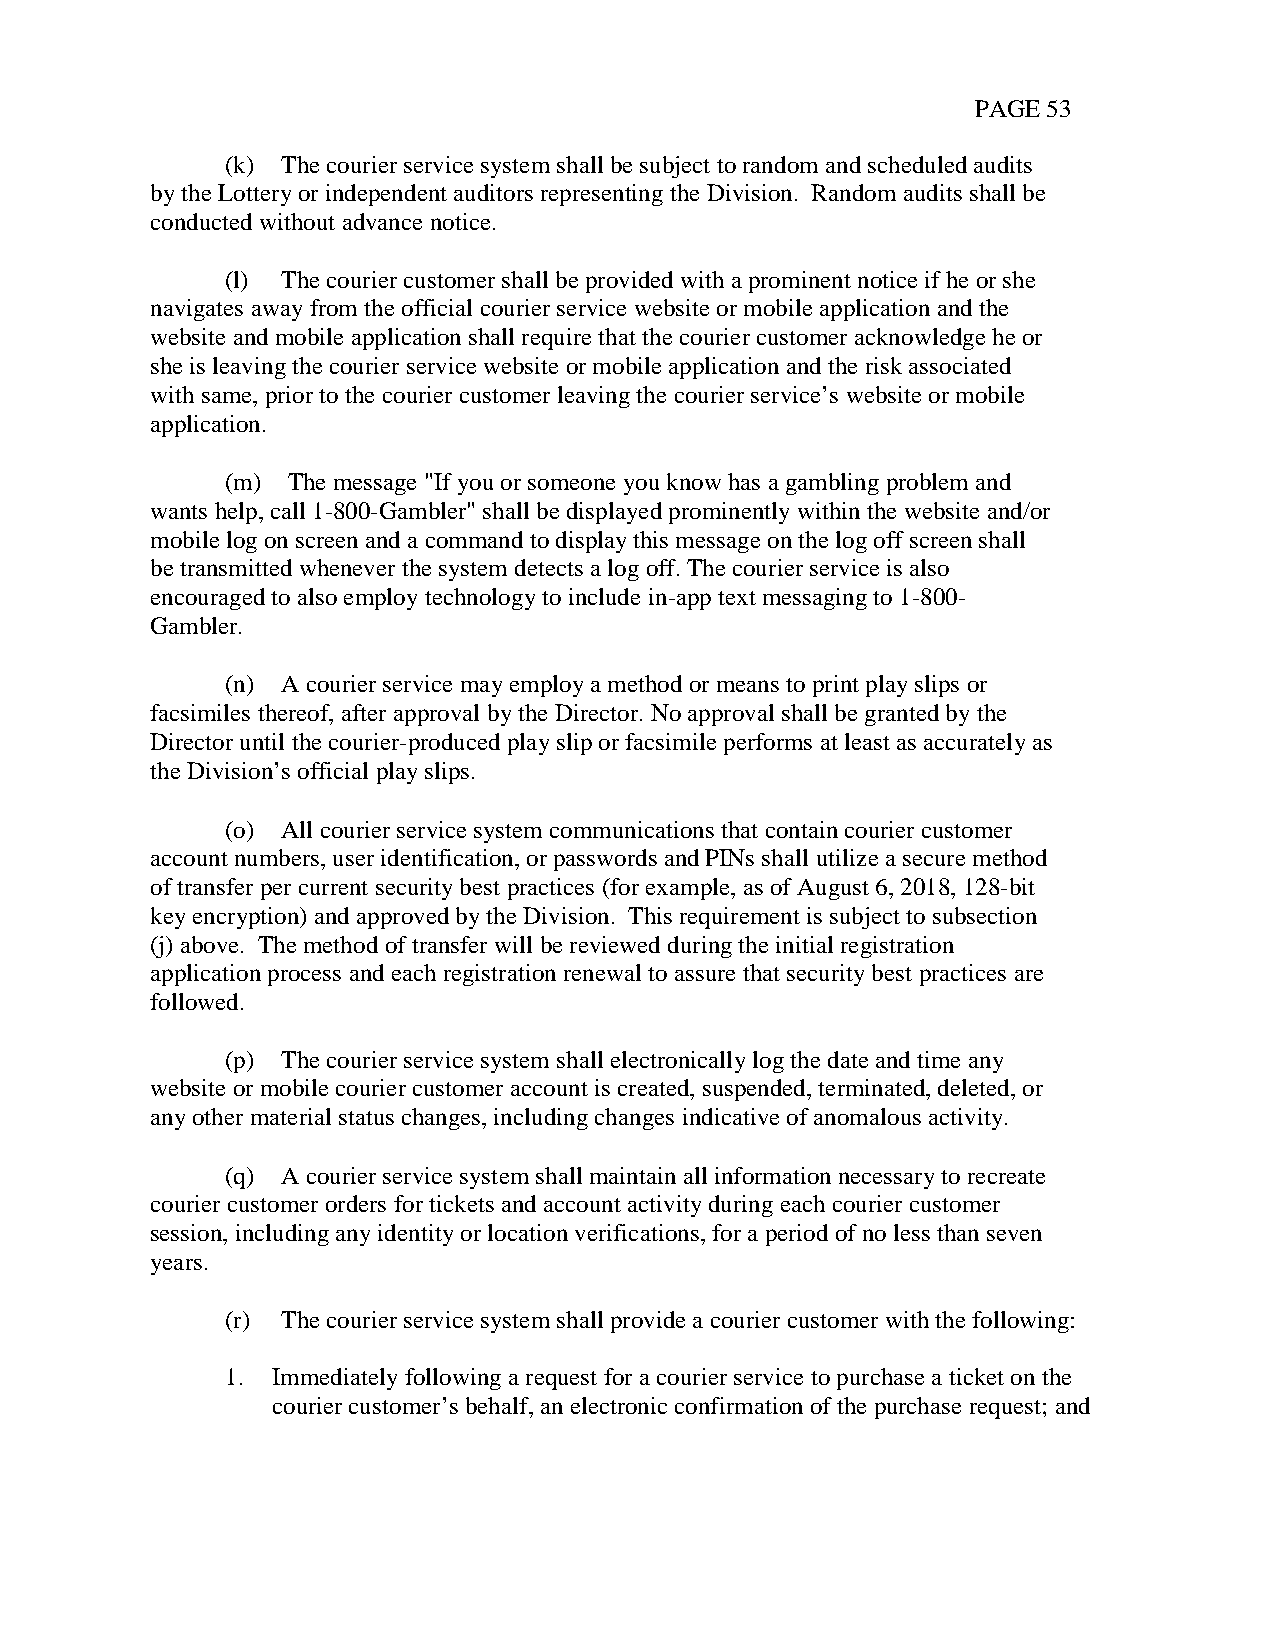
PAGE 53
 (k) The courier service system shall be subject to random and scheduled audits
 by the Lottery or independent auditors representing the Division. Random audits shall be
 conducted without advance notice.
 (l) The courier customer shall be provided with a prominent notice if he or she
 navigates away from the official courier service website or mobile application and the
 website and mobile application shall require that the courier customer acknowledge he or
 she is leaving the courier service website or mobile application and the risk associated
 with same, prior to the courier customer leaving the courier service’s website or mobile
 application.
 (m) The message "If you or someone you know has a gambling problem and
 wants help, call 1-800-Gambler" shall be displayed prominently within the website and/or
 mobile log on screen and a command to display this message on the log off screen shall
 be transmitted whenever the system detects a log off. The courier service is also
 encouraged to also employ technology to include in-app text messaging to 1-800-
 Gambler.
 (n) A courier service may employ a method or means to print play slips or
 facsimiles thereof, after approval by the Director. No approval shall be granted by the
 Director until the courier-produced play slip or facsimile performs at least as accurately as
 the Division’s official play slips.
 (o) All courier service system communications that contain courier customer
 account numbers, user identification, or passwords and PINs shall utilize a secure method
 of transfer per current security best practices (for example, as of August 6, 2018, 128-bit
 key encryption) and approved by the Division. This requirement is subject to subsection
 (j) above. The method of transfer will be reviewed during the initial registration
 application process and each registration renewal to assure that security best practices are
 followed.
 (p) The courier service system shall electronically log the date and time any
 website or mobile courier customer account is created, suspended, terminated, deleted, or
 any other material status changes, including changes indicative of anomalous activity.
 (q) A courier service system shall maintain all information necessary to recreate
 courier customer orders for tickets and account activity during each courier customer
 session, including any identity or location verifications, for a period of no less than seven
 years.
 (r) The courier service system shall provide a courier customer with the following:
 1. Immediately following a request for a courier service to purchase a ticket on the
 courier customer’s behalf, an electronic confirmation of the purchase request; and